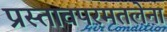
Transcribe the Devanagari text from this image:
प्रस्तावपरमतलेना